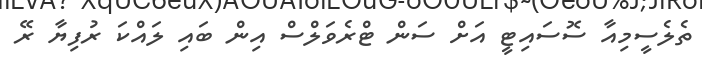
ތެލެސީމިއާ ސޮސައިޓީ އަށް ސަން ޓްރެވަލްސް އިން ބައި ލައްކަ ރުފިޔާ ރޭ